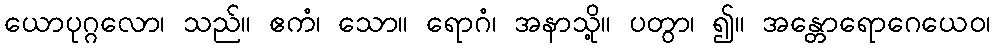
ယောပုဂ္ဂလော၊ သည်။ ဧကံ၊ သော။ ရောဂံ၊ အနာသို့။ ပတွာ၊ ၍။ အန္တောရောဂေယေဝ၊